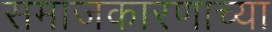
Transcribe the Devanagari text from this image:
समाजकारणाच्या